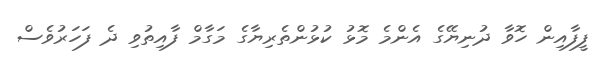
ފީފާއިން ހޮވާ ދުނިޔޭގެ އެންމެ މޮޅު ކުޅުންތެރިޔާގެ މަގާމް ފާއިތުވި ދެ ފަހަރުވެސް